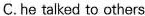
C. he talked to others